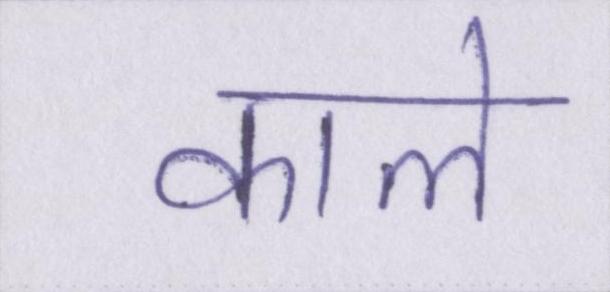
काले